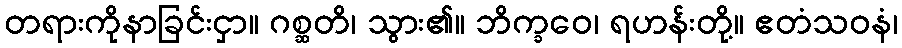
တရားကိုနာခြင်းငှာ။ ဂစ္ဆတိ၊ သွား၏။ ဘိက္ခဝေ၊ ရဟန်းတို့။ ဧတံသဝနံ၊